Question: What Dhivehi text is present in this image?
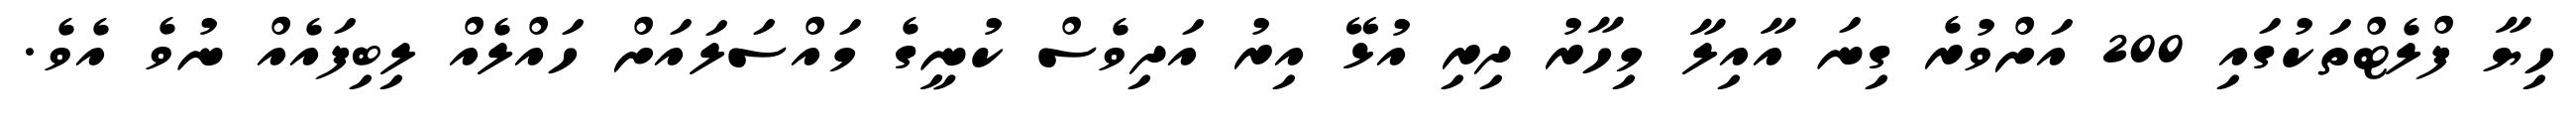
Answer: ހިޔާ ފްލެޓްތަކުގައި 200 އަށްވުރެ ގިނަ އާއިލާ މިހާރު ދިރި އުޅޭ އިރު އަދިވެސް ކުނީގެ މައްސަލައަށް ހައްލެއް ލިބިފައެއް ނުވެ އެވެ.